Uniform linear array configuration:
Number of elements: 8
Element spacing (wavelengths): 1
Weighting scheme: exponential
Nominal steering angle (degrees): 45
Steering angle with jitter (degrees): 46.337
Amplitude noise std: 0.05
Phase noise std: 0.05

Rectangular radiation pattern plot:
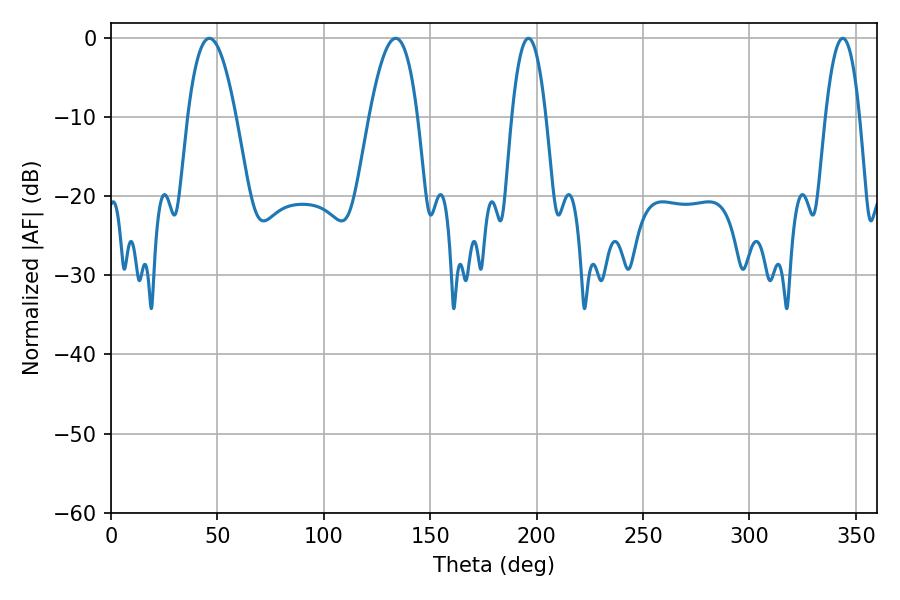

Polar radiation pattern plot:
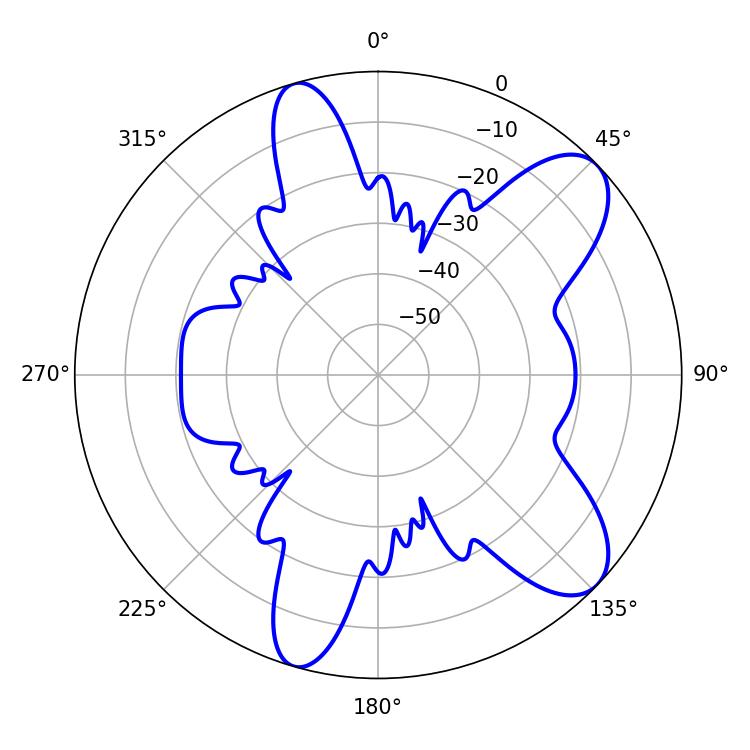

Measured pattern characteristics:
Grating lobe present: TRUE
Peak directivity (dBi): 9.092
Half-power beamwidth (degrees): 12.42
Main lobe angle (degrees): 46.26